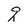
Character: q